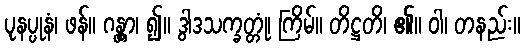
ပုနပ္ပုနံ၊ ဖန်။ ဂန္တွာ၊ ၍။ ဒွါဒသက္ခတ္တုံ၊ ကြိမ်။ တိဋ္ဌတိ၊ ၏။ ဝါ၊ တနည်း။